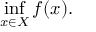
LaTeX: \operatorname* { i n f } _ { x \in X } f ( x ) .